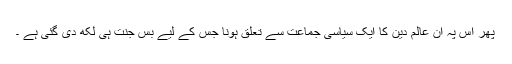
پھر اس پہ ان عالم دین کا ایک سیاسی جماعت سے تعلق ہونا جس کے لیے بس جنت ہی لکھ دی گئی ہے ۔